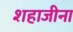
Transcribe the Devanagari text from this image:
शहाजीना